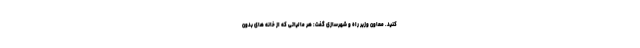
کنید. معاون وزیر راه و شهرسازی گفت: هر مالیاتی که از خانه های بدون